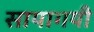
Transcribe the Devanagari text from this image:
सायागयी